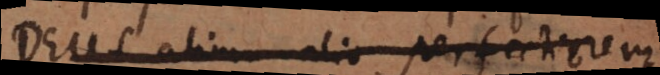
Deus alium alio perfectiorem